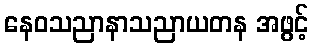
နေဝသညာနာသညာယတန အဖွင့်